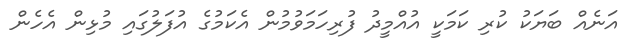
އަނެއް ބަޔަކު ކުރި ކަމަކީ އުއްމީދު ފުރިހަމަވުމުން އެކަމުގެ އުފަލުގައި މުޅިން އެހެން